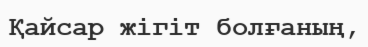
Қайсар жігіт болғаның,